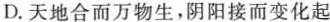
D.天地合而万物生，阴阳接而变化起